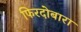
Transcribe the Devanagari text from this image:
फिरदोबारा